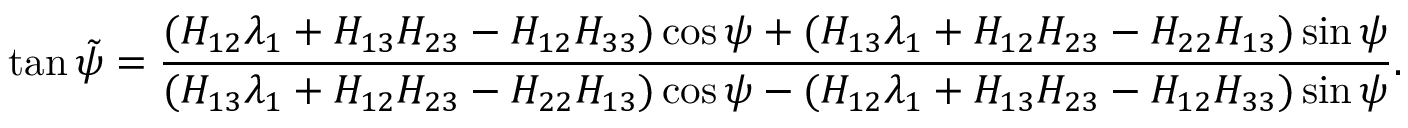
\tan { } \tilde { \psi } = \frac { ( H _ { 1 2 } \lambda _ { 1 } + H _ { 1 3 } H _ { 2 3 } - H _ { 1 2 } H _ { 3 3 } ) \cos \psi + ( H _ { 1 3 } \lambda _ { 1 } + H _ { 1 2 } H _ { 2 3 } - H _ { 2 2 } H _ { 1 3 } ) \sin \psi } { ( H _ { 1 3 } \lambda _ { 1 } + H _ { 1 2 } H _ { 2 3 } - H _ { 2 2 } H _ { 1 3 } ) \cos \psi - ( H _ { 1 2 } \lambda _ { 1 } + H _ { 1 3 } H _ { 2 3 } - H _ { 1 2 } H _ { 3 3 } ) \sin \psi } .